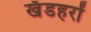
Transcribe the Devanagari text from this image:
खँडहरों